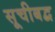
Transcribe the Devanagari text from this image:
सूचीबद्ब